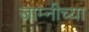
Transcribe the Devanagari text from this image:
जाम्नीच्या